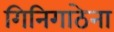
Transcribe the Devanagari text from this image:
गिनिगाठेना